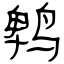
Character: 鹎